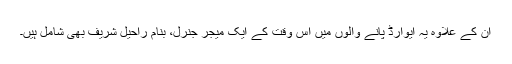
ان کے علاوہ یہ ایوارڈ پانے والوں میں اس وقت کے ایک میجر جنرل، بنام راحیل شریف بھی شامل ہیں۔